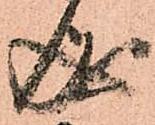
成